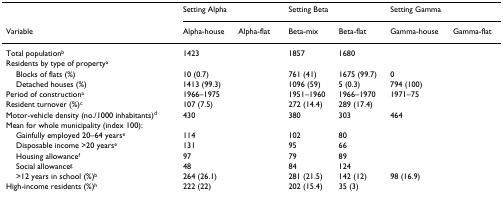
<table><thead><tr><td>[EMPTY_CELL]</td><td colspan="2"><b>Setting Alpha</b></td><td colspan="2"><b>Setting Beta</b></td><td colspan="2"><b>Setting Gamma</b></td></tr><tr><td><b>Variable</b></td><td><b>Alpha-house</b></td><td><b>Alpha-flat</b></td><td><b>Beta-mix</b></td><td><b>Beta-flat</b></td><td><b>Gamma-house</b></td><td><b>Gamma-flat</b></td></tr></thead><tbody><tr><td>Total population<sup>b</sup></td><td>1423</td><td>[EMPTY_CELL]</td><td>1857</td><td>1680</td><td>[EMPTY_CELL]</td><td>[EMPTY_CELL]</td></tr><tr><td>Residents by type of property<sup>a</sup></td><td>[EMPTY_CELL]</td><td>[EMPTY_CELL]</td><td>[EMPTY_CELL]</td><td>[EMPTY_CELL]</td><td>[EMPTY_CELL]</td><td>[EMPTY_CELL]</td></tr><tr><td> Blocks of flats (%)</td><td>10 (0.7)</td><td>[EMPTY_CELL]</td><td>761 (41)</td><td>1675 (99.7)</td><td>0</td><td>[EMPTY_CELL]</td></tr><tr><td> Detached houses (%)</td><td>1413 (99.3)</td><td>[EMPTY_CELL]</td><td>1096 (59)</td><td>5 (0.3)</td><td>794 (100)</td><td>[EMPTY_CELL]</td></tr><tr><td>Period of construction<sup>a</sup></td><td>1966–1975</td><td>[EMPTY_CELL]</td><td>1951–1960</td><td>1966–1970</td><td>1971–75</td><td>[EMPTY_CELL]</td></tr><tr><td>Resident turnover (%)<sup>c</sup></td><td>107 (7.5)</td><td>[EMPTY_CELL]</td><td>272 (14.4)</td><td>289 (17.4)</td><td>[EMPTY_CELL]</td><td>[EMPTY_CELL]</td></tr><tr><td>Motor-vehicle density (no./1000 inhabitants)<sup>d</sup></td><td>430</td><td>[EMPTY_CELL]</td><td>380</td><td>303</td><td>464</td><td>[EMPTY_CELL]</td></tr><tr><td>Mean for whole municipality (index 100):</td><td>[EMPTY_CELL]</td><td>[EMPTY_CELL]</td><td>[EMPTY_CELL]</td><td>[EMPTY_CELL]</td><td>[EMPTY_CELL]</td><td>[EMPTY_CELL]</td></tr><tr><td> Gainfully employed 20–64 years<sup>e</sup></td><td>114</td><td>[EMPTY_CELL]</td><td>102</td><td>80</td><td>[EMPTY_CELL]</td><td>[EMPTY_CELL]</td></tr><tr><td> Disposable income &gt;20 years<sup>e</sup></td><td>131</td><td>[EMPTY_CELL]</td><td>95</td><td>66</td><td>[EMPTY_CELL]</td><td>[EMPTY_CELL]</td></tr><tr><td> Housing allowance<sup>f</sup></td><td>97</td><td>[EMPTY_CELL]</td><td>79</td><td>89</td><td>[EMPTY_CELL]</td><td>[EMPTY_CELL]</td></tr><tr><td> Social allowance<sup>g</sup></td><td>48</td><td>[EMPTY_CELL]</td><td>84</td><td>124</td><td>[EMPTY_CELL]</td><td>[EMPTY_CELL]</td></tr><tr><td> &gt;12 years in school (%)<sup>b</sup></td><td>264 (26.1)</td><td>[EMPTY_CELL]</td><td>281 (21.5)</td><td>142 (12)</td><td>98 (16.9)</td><td>[EMPTY_CELL]</td></tr><tr><td>High-income residents (%)<sup>h</sup></td><td>222 (22)</td><td>[EMPTY_CELL]</td><td>202 (15.4)</td><td>35 (3)</td><td>[EMPTY_CELL]</td><td>[EMPTY_CELL]</td></tr></tbody></table>